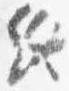
終